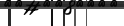
-